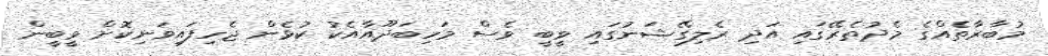
މުބާރާތެއްގެ މެދުތެރޭގައި އަދި ރެލިގޭޝަނުގައި ވީބީ ވެސް މަހިބަދޫއާއެކު ކުޅެން ޖެހިފައިވަނިކޮށް ވީބީން